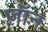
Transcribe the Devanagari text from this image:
ज़ॉन